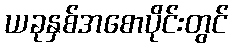
ယခုနှစ်အစောပိုင်းတွင်